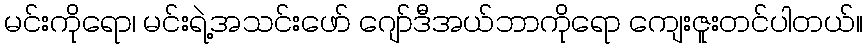
မင်းကိုရော၊ မင်းရဲ့အသင်းဖော် ဂျော်ဒီအယ်ဘာကိုရော ကျေးဇူးတင်ပါတယ်။